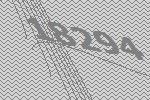
18294